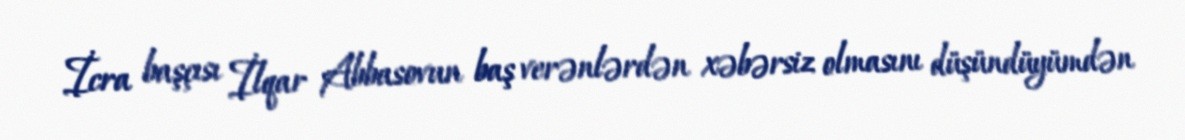
İcra başçısı İlqar Abbasovun baş verənlərdən xəbərsiz olmasını düşündüyümdən